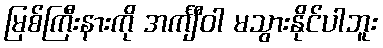
မြစ်ကြီးနားကို အင်္ကျီဝါ မသွားနိုင်ပါဘူး